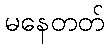
မနေတတ်